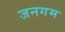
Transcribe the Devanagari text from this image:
जनगम